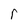
Character: r